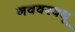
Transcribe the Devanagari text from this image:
नववरवधू